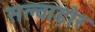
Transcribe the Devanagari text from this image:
सल्वाड़ोर